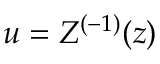
u = Z ^ { ( - 1 ) } ( z )